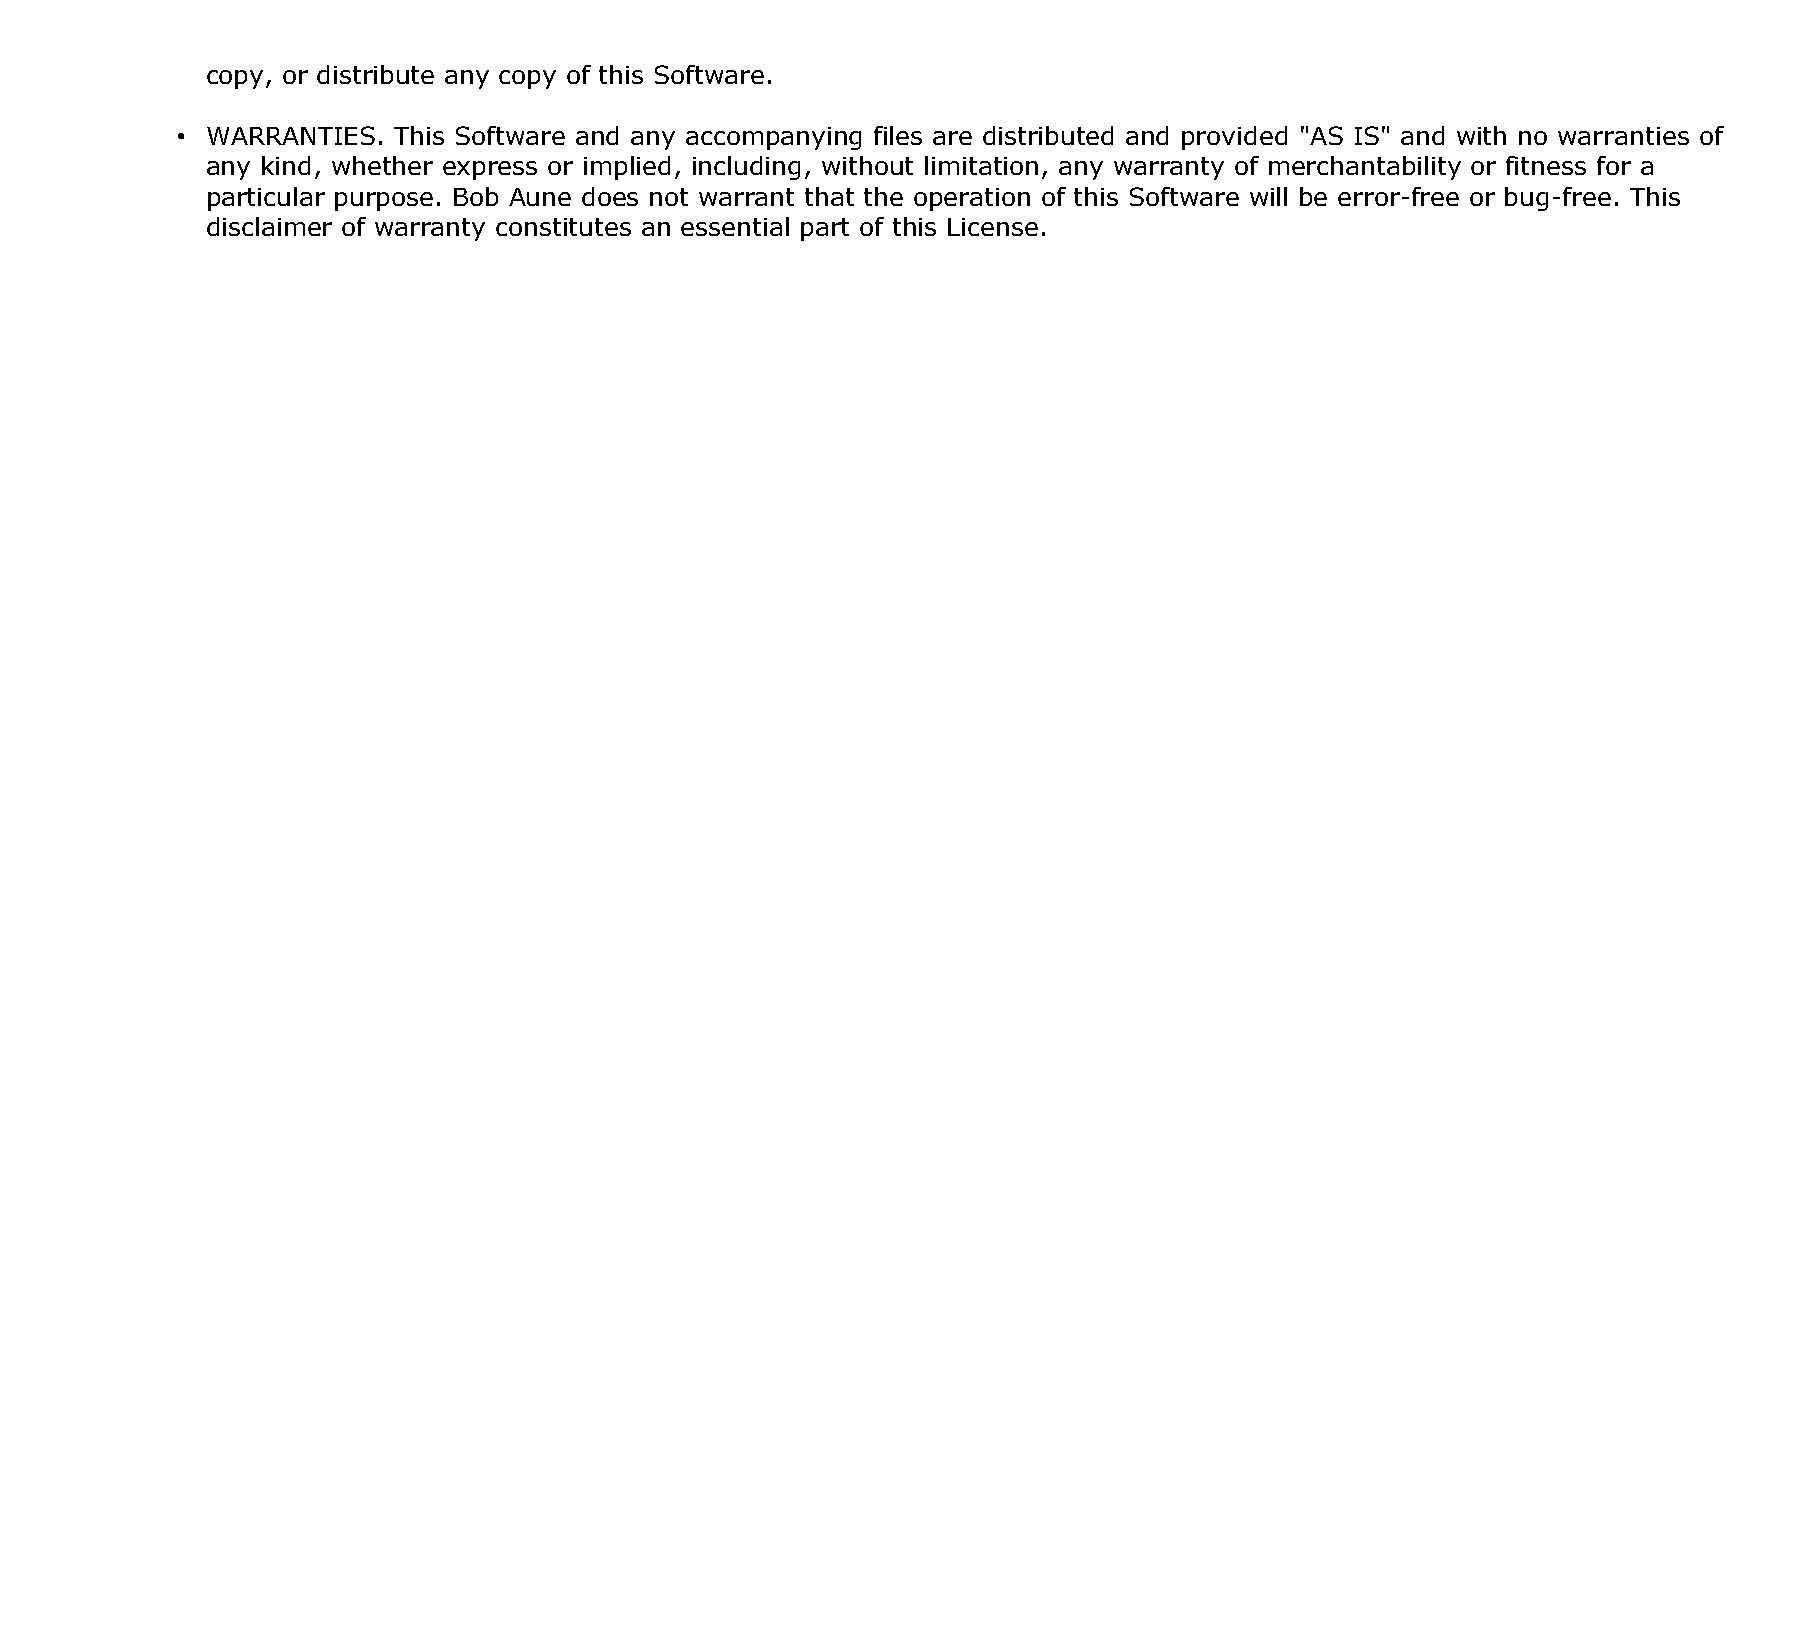
copy, or distribute any copy of this Software.
 • WARRANTIES. This Software and any accompanying files are distributed and provided "AS IS" and with no warranties of
 any kind, whether express or implied, including, without limitation, any warranty of merchantability or fitness for a
 particular purpose. Bob Aune does not warrant that the operation of this Software will be error-free or bug-free. This
 disclaimer of warranty constitutes an essential part of this License.